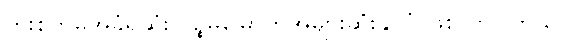
ကူးစက်မှုအခံရဆုံး ပဉ္စမမြောက်အများဆုံးနိုင်ငံ ဖြစ်လာပါတယ်။